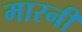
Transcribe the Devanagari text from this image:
मारनी